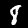
Label: 8